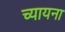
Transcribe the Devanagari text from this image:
च्यायना